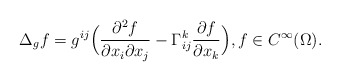
\begin{align*} \Delta_{g} f = g^{ij}\Bigl(\frac{\partial^2 f}{\partial x_i \partial x_j} - \Gamma^k_{ij}\frac{\partial f}{\partial x_k}\Bigr), f \in C^{\infty}(\Omega).\end{align*}